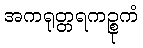
အကရုတ္တရကဉ္စုကံ